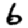
Digit: 6